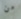
من